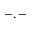
- , -